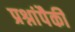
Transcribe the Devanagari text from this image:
प्रश्नांपैकी